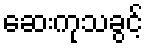
ဆေးကုသခွင့်